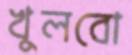
খুলবো